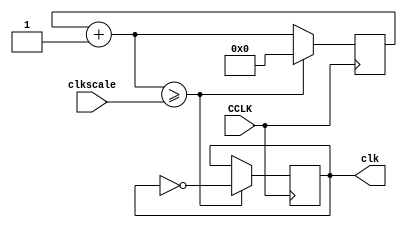
`timescale 1ns / 1ps
//////////////////////////////////////////////////////////////////////////////////
// Company: 
// Engineer: 
// 
// Design Name: 
// Module Name: clock
// Project Name: 
// Target Devices: 
// Tool Versions: 
// Description: 
// 
// Dependencies: 
// 
// Revision:
// Revision 0.01 - File Created
// Additional Comments:
// 
//////////////////////////////////////////////////////////////////////////////////


module clock(
input CCLK,
input [31:0] clkscale,
output reg clk

    );
    reg [31:0] clkq = 0;
    
    always @ (posedge CCLK)
    begin
    clkq = clkq + 1;
    if(clkq >= clkscale)
    
    begin
    clk = ~clk;
    clkq = 0;
    end
    end
endmodule